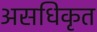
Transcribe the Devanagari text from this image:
असधिकृत